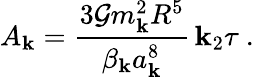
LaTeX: A_{\mathbf{k}}=\frac{{3\mathcal{{G}}m_{\mathbf{k}}^{2}R^{5}}}{{\beta_{\mathbf{k}}a_{\mathbf{k}}^{8}}}\, \mathbf{k}_{2}\tau\ .